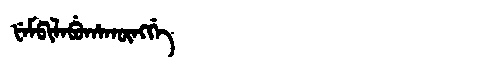
Manchu: ᡶᡝᠮᡦᡳᠯᡝᠪᡠᡥᠠᡴᡡᠩᡤᡝ
Romanization: FEMPILEBUHAKŪNGGE